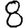
Digit: 8